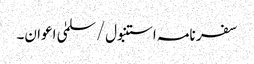
سفر نامہ استنبول/سلمیٰ اعوان۔